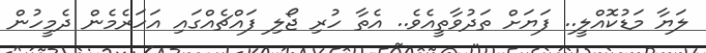
ލަޔާ މަޑުކޮއްލީ.. ފަޔަށް ތަދުވާތީއެވެ.. އެތާ ހުރި ޖޯލި ފައްޗެއްގައި އަހަރެމެން ދެމީހުން